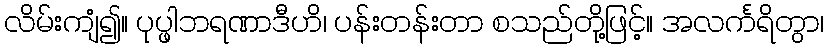
လိမ်းကျံ၍။ ပုပ္ဖါဘရဏာဒီဟိ၊ ပန်းတန်းတာ စသည်တို့ဖြင့်။ အလင်္ကရိတွာ၊